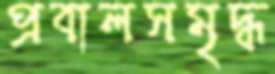
প্রবালসমৃদ্ধ